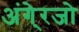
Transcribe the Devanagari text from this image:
अंगे्रजो